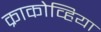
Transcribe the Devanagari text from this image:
क्राकोव्हिया